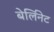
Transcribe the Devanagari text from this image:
बेर्लिनेट